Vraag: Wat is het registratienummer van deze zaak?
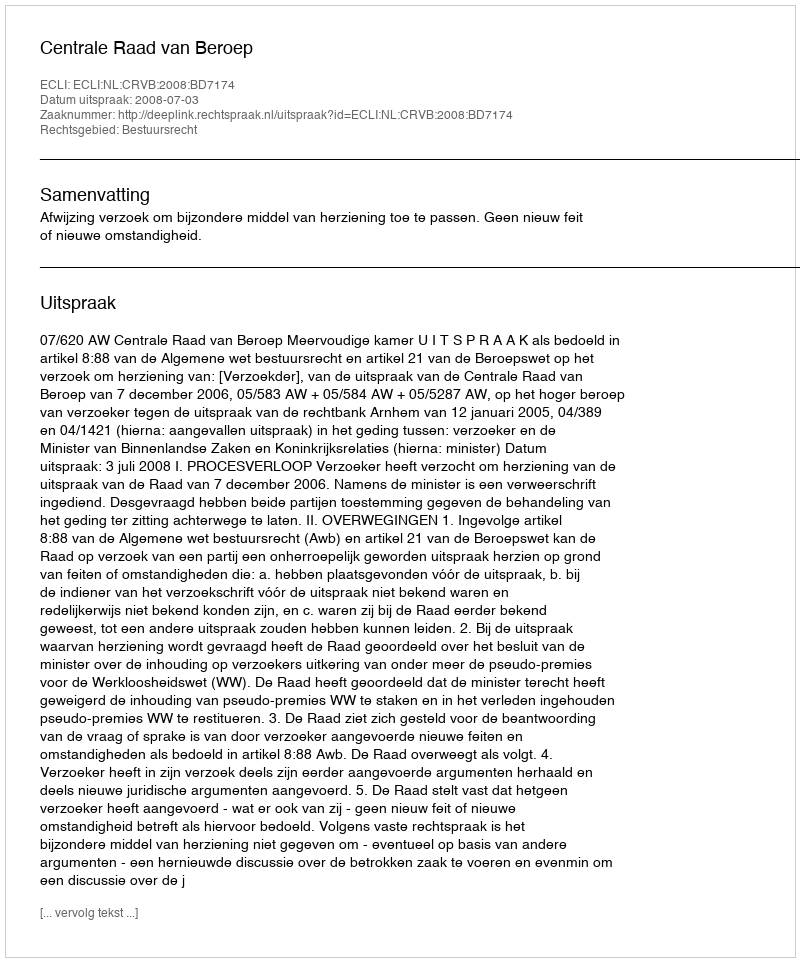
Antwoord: http://deeplink.rechtspraak.nl/uitspraak?id=ECLI:NL:CRVB:2008:BD7174